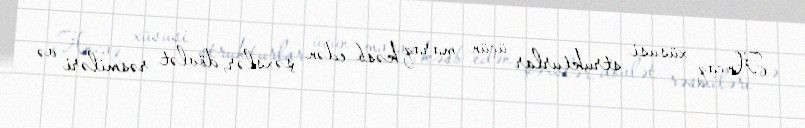
Ancaq xüsusi strukturlar üçün maraq kəsb edən şəxslər, dövlət rəsmiləri və